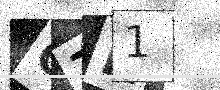
Text: C7N1